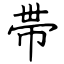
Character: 帯